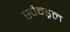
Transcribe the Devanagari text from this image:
स्पैन्ड्रल